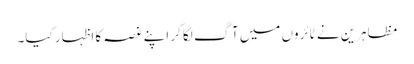
مظاہرین نے ٹائروں میں آگ لگا کر اپنے غصہ کا اظہار کیا۔